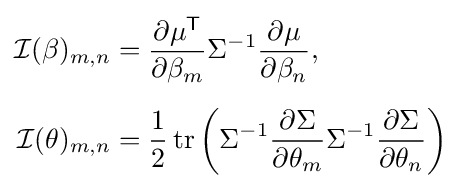
{\begin{aligned}{\mathcal {I}}{(\beta )_{m,n}}&={\frac {\partial \mu ^{\textsf {T}}}{\partial \beta _{m}}}\Sigma ^{-1}{\frac {\partial \mu }{\partial \beta _{n}}},\\[5pt]{\mathcal {I}}{(\theta )_{m,n}}&={\frac {1}{2}}\operatorname {tr} \left(\Sigma ^{-1}{\frac {\partial \Sigma }{\partial \theta _{m}}}{\Sigma ^{-1}}{\frac {\partial \Sigma }{\partial \theta _{n}}}\right)\end{aligned}}